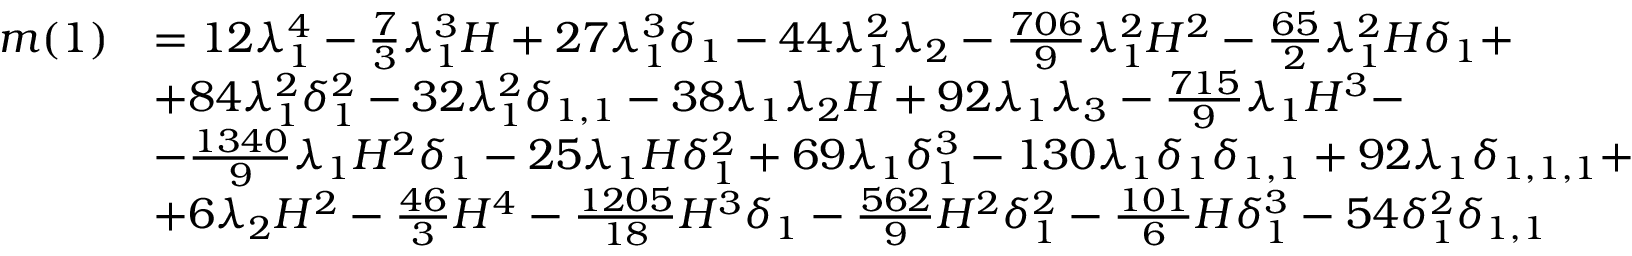
\begin{array} { r l } { m ( 1 ) } & { = 1 2 \lambda _ { 1 } ^ { 4 } - \frac { 7 } { 3 } \lambda _ { 1 } ^ { 3 } H + 2 7 \lambda _ { 1 } ^ { 3 } \delta _ { 1 } - 4 4 \lambda _ { 1 } ^ { 2 } \lambda _ { 2 } - \frac { 7 0 6 } { 9 } \lambda _ { 1 } ^ { 2 } H ^ { 2 } - \frac { 6 5 } { 2 } \lambda _ { 1 } ^ { 2 } H \delta _ { 1 } + } \\ & { + 8 4 \lambda _ { 1 } ^ { 2 } \delta _ { 1 } ^ { 2 } - 3 2 \lambda _ { 1 } ^ { 2 } \delta _ { 1 , 1 } - 3 8 \lambda _ { 1 } \lambda _ { 2 } H + 9 2 \lambda _ { 1 } \lambda _ { 3 } - \frac { 7 1 5 } { 9 } \lambda _ { 1 } H ^ { 3 } - } \\ & { - \frac { 1 3 4 0 } { 9 } \lambda _ { 1 } H ^ { 2 } \delta _ { 1 } - 2 5 \lambda _ { 1 } H \delta _ { 1 } ^ { 2 } + 6 9 \lambda _ { 1 } \delta _ { 1 } ^ { 3 } - 1 3 0 \lambda _ { 1 } \delta _ { 1 } \delta _ { 1 , 1 } + 9 2 \lambda _ { 1 } \delta _ { 1 , 1 , 1 } + } \\ & { + 6 \lambda _ { 2 } H ^ { 2 } - \frac { 4 6 } { 3 } H ^ { 4 } - \frac { 1 2 0 5 } { 1 8 } H ^ { 3 } \delta _ { 1 } - \frac { 5 6 2 } { 9 } H ^ { 2 } \delta _ { 1 } ^ { 2 } - \frac { 1 0 1 } { 6 } H \delta _ { 1 } ^ { 3 } - 5 4 \delta _ { 1 } ^ { 2 } \delta _ { 1 , 1 } } \end{array}